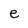
Character: e